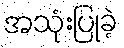
အသုံးပြုခဲ့